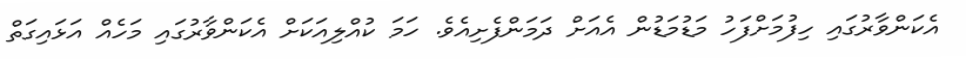
އެކަންވާރުގައި ހިފުމަށްފަހު މަޑުމަޑުން އެއަށް ދަމަންފެށިއެވެ. ހަމަ ކުއްލިއަކަށް އެކަންވާރުގައި މަހެއް އަޅައިގަތް